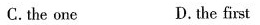
C.the one D.the first